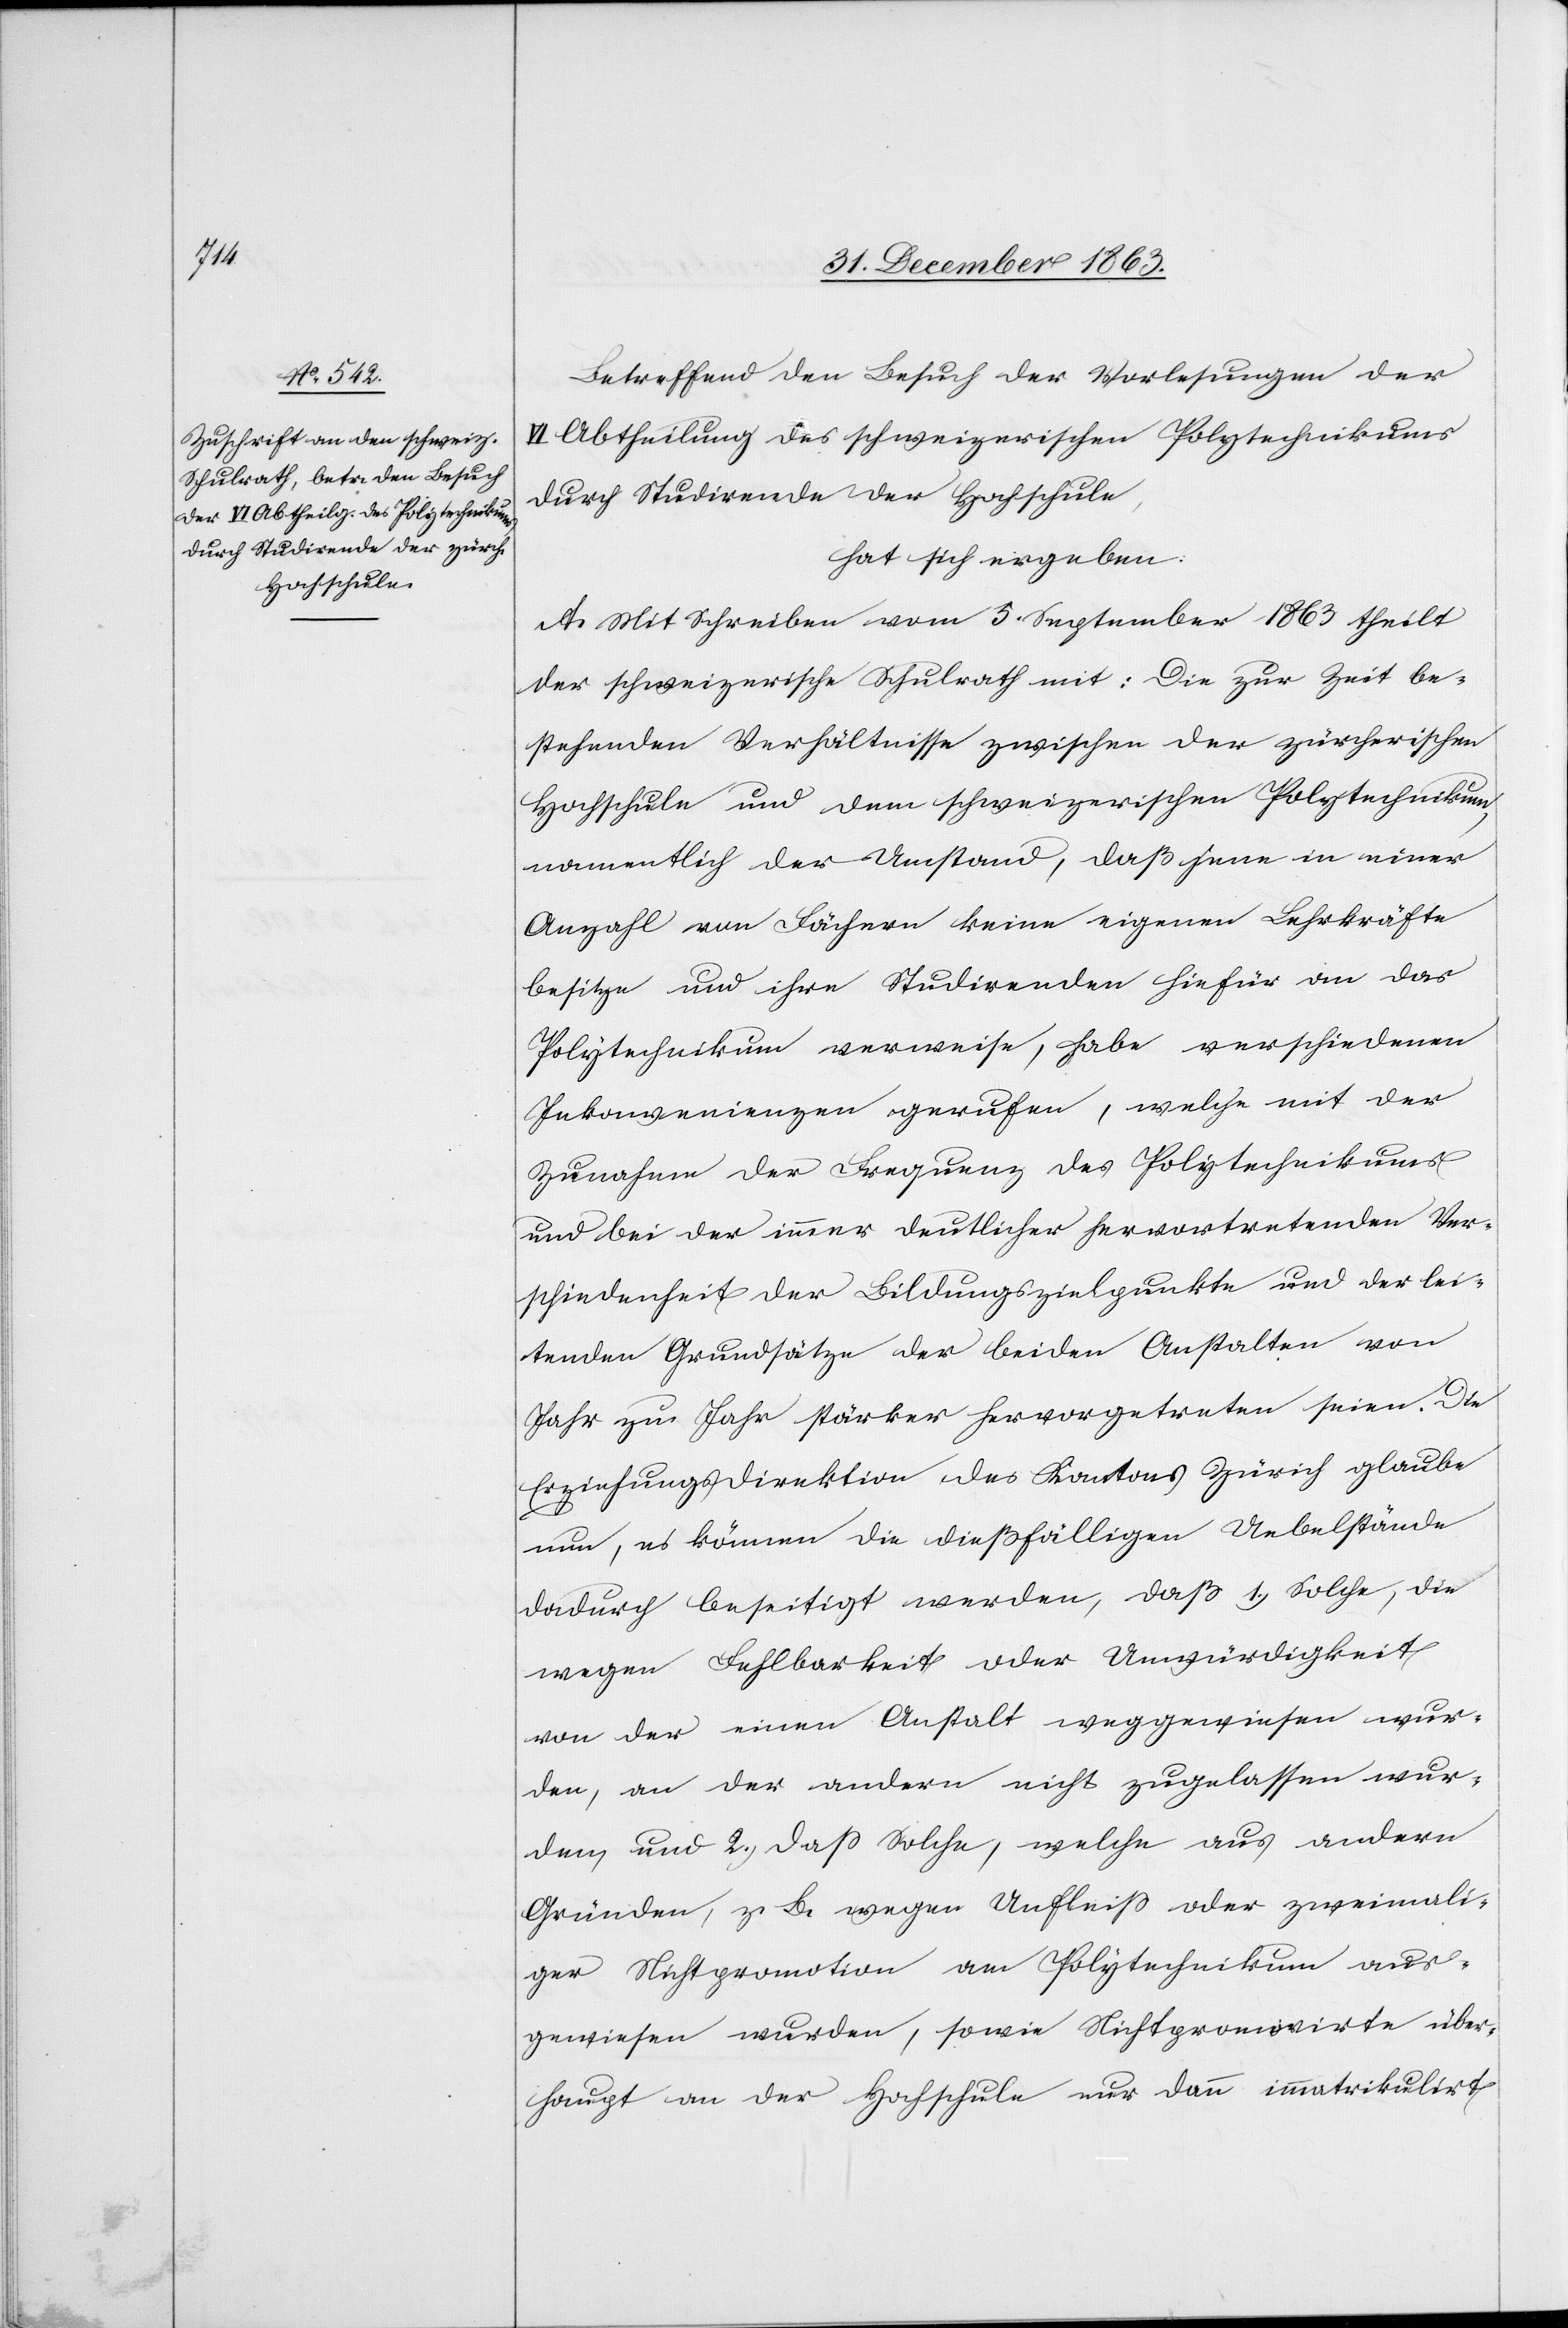
Betreffend den Besuch der Vorlesungen der
VI Abtheilung des schweizerischen Polytechnikums
durch Studirende der Hochschule,
hat sich ergeben:
A. Mit Schreiben vom 5. September 1863 theilt
der schweizerische Schulrath mit: Die zur Zeit be¬
stehenden Verhältnisse zwischen der zürcherischen
Hochschule und dem schweizerischen Polytechnikum,
namentlich der Umstand, daß jene in einer
Anzahl von Fächern keine eigenen Lehrkräfte
besitze und ihre Studirenden hiefür an das
Polytechnikum verweise, habe verschiedenen
Inkonvenienzen gerufen, welche mit der
Zunahme der Frequenz des Polytechnikums
und bei der immer deutlicher hervortretenden Ver¬
schiedenheit der Bildungszielpunkte und der lei¬
tenden Grundsätze der beiden Anstalten von
Jahr zu Jahr stärker hervorgetreten seien. Die
Erziehungsdirektion des Kantons Zürich glaube
nun, es können die dießfälligen Uebelstände
dadurch beseitigt werden, daß 1.) Solche, die
wegen Fehlbarkeit oder Unwürdigkeit
von der einen Anstalt weggewiesen wur¬
den, an der andern nicht zugelassen wur¬
den, und 2.) dass Solche, welche aus andern
Gründen, z. B. wegen Unfleiss oder zweimali¬
ger Nichtpromotion am Polytechnikum aus¬
gewiesen wurden, sowie Nichtpromovirte über¬
haupt an der Hochschule nur dann immatrikulirt